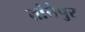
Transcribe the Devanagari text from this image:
तांतेपुर